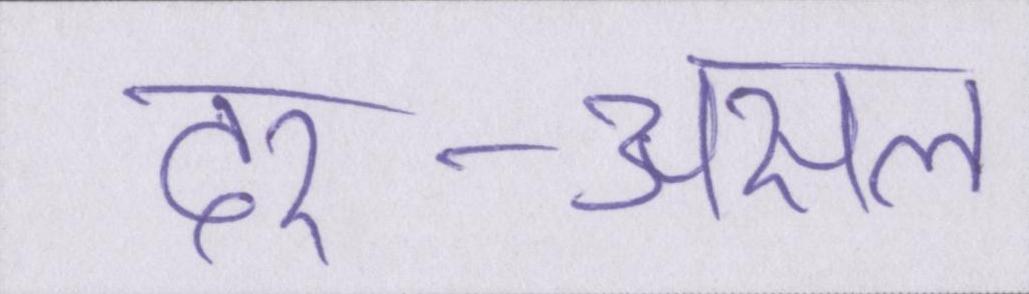
दर-असल